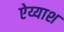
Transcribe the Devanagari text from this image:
ऐय्याश